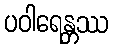
ပဝါရေန္တဿ